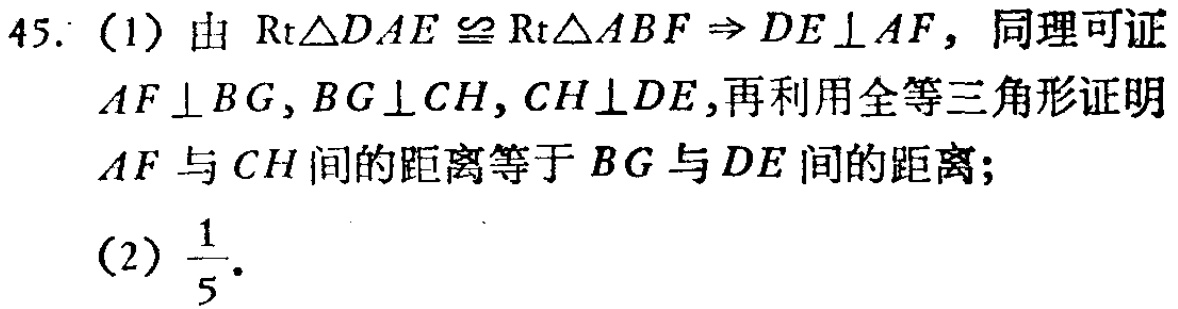
45. (1) 由 $\mathrm{Rt}\triangle DAE\cong\mathrm{Rt}\triangle ABF\Rightarrow DE\perp AF$，同理可证
$AF\perp BG,BG\perp CH,CH\perp DE$,再利用全等三角形证明
$AF$ 与 $CH$ 间的距离等于 $BG$ 与 $DE$ 间的距离;
(2) $\frac{1}{5}$.